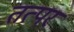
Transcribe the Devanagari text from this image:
तत्परं